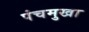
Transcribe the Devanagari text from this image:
पंचमुखा